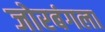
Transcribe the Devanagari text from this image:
जोरबंगला